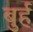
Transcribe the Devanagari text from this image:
बुर्ह